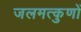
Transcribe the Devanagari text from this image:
जलमत्कुणों